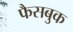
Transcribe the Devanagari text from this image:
फैसबुक